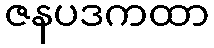
ဇနပဒကထာ